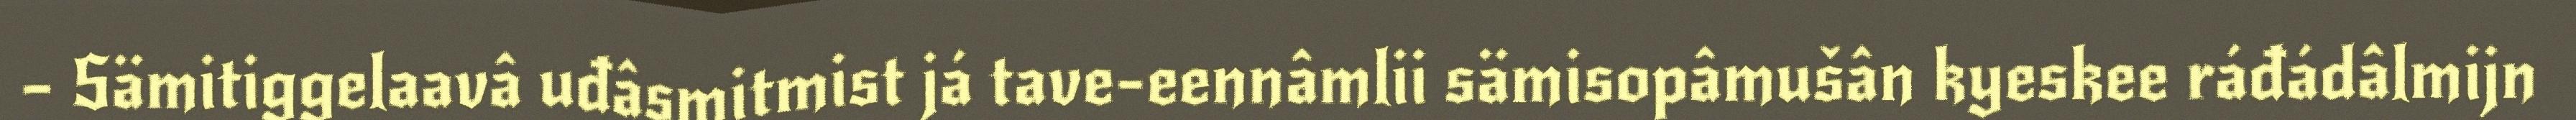
– Sämitiggelaavâ uđâsmitmist já tave-eennâmlii sämisopâmušân kyeskee ráđádâlmijn